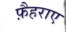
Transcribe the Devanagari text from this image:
फ़ैहराए